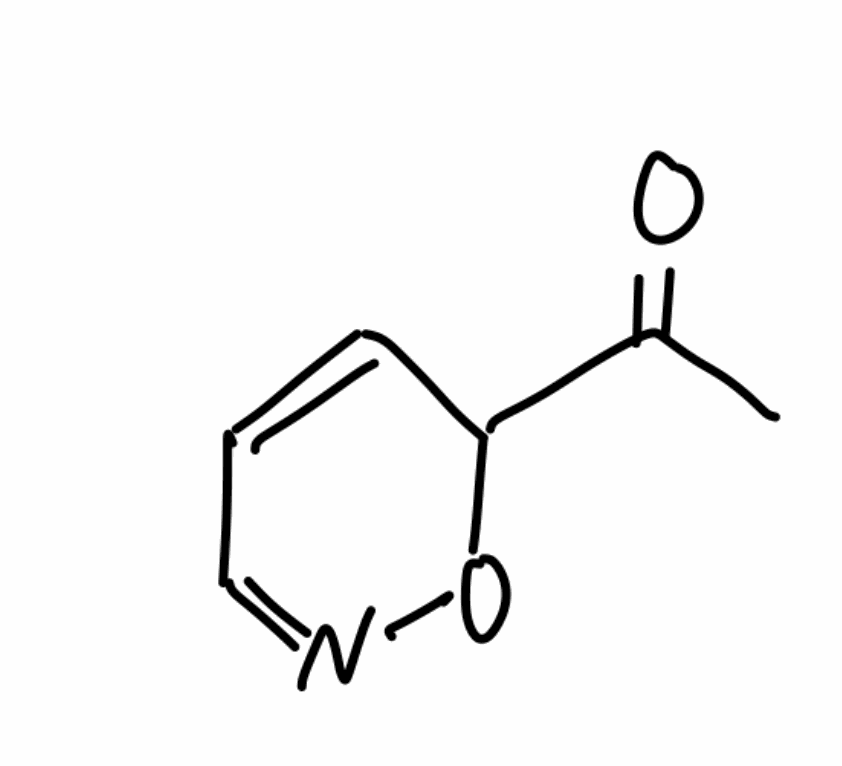
Simplified molecular-input line-entry system (SMILES) notation of the given molecule:
CC(=O)C1C=CC=NO1